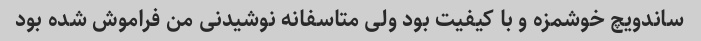
ساندویچ خوشمزه و با کیفیت بود ولی متاسفانه نوشیدنی من فراموش شده بود